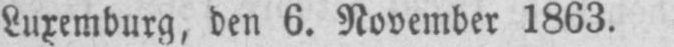
Luxemburg, den 6. November 1863.